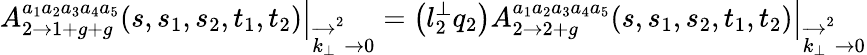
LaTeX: \left.A_{2\rightarrow 1+g+g}^{a_{1}a_{2}a_{3}a_{4}a_{5}}(s,s_{1},s_{2},t_{1},t_{2})\right|_{\overrightarrow{k_{\bot}}^{2}\rightarrow 0}=\left(l_{2}^{\bot}q_{2}\right)\left.A_{2\rightarrow 2+g}^{a_{1}a_{2}a_{3}a_{4}a_{5}}(s,s_{1},s_{2},t_{1},t_{2})\right|_{\overrightarrow{k_{\bot}}^{2}\rightarrow 0}